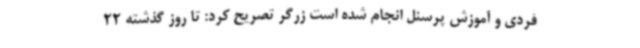
فردی و آموزش پرسنل انجام شده است زرگر تصریح کرد: تا روز گذشته 22